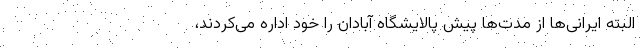
البته ایرانی‌ها از مدت‌ها پیش پالایشگاه آبادان را خود اداره می‌کردند،